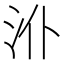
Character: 𱥸